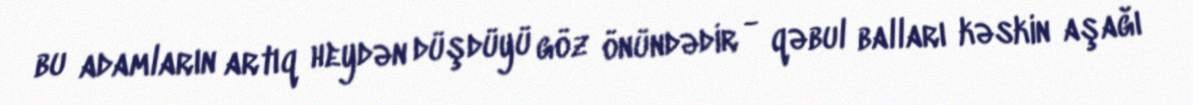
bu adamların artıq heydən düşdüyü göz önündədir - qəbul balları kəskin aşağı